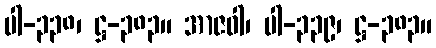
ပါ-၃၃၈၊ ဋ္ဌ-၃၈၃။ အာဇဝါ၊ ပါ-၃၃၉၊ ဋ္ဌ-၃၈၃။